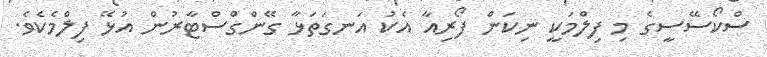
ސްކޯސޭސީގެ މި ފިލްމަކީ ނިކަން ފޯރިއާ އެކު އަނގަތަޅާ ގޭންގްސްޓާރުން އުޅޭ ފިލްމެކެވެ.